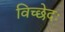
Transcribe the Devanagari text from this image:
विच्छेदः